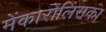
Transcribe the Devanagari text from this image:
मेंकारोलिंसका